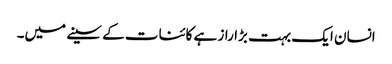
انسان ایک بہت بڑا راز ہے کائنات کے سینے میں۔